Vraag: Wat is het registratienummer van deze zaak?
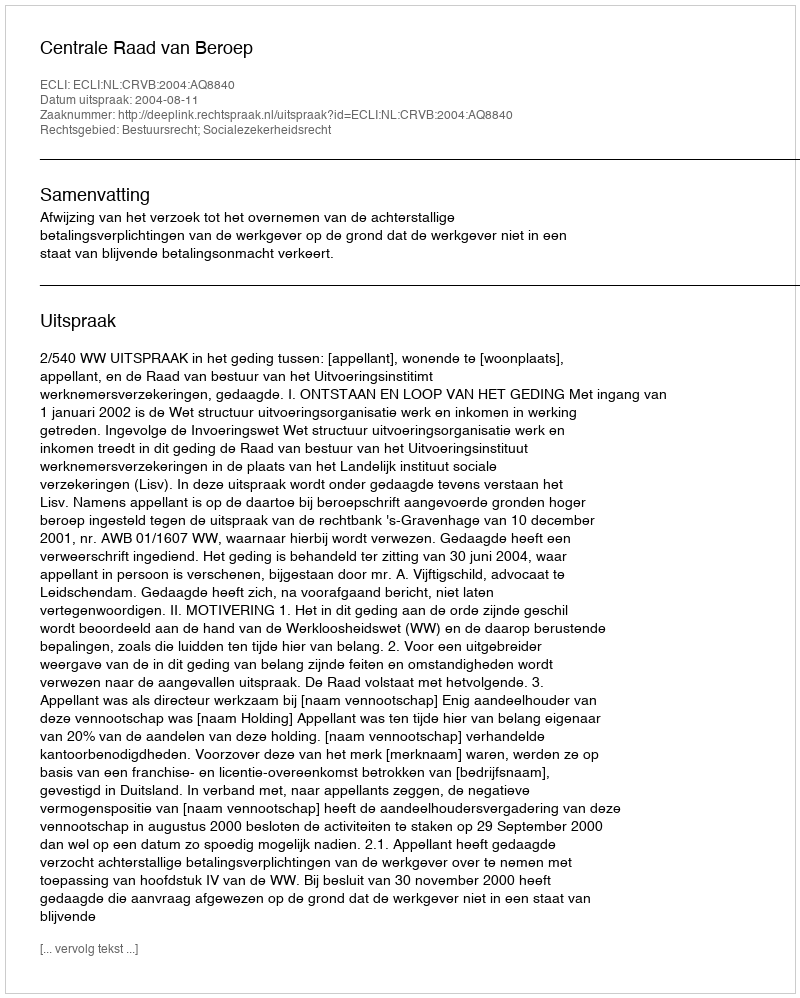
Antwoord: http://deeplink.rechtspraak.nl/uitspraak?id=ECLI:NL:CRVB:2004:AQ8840